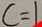
c = 1